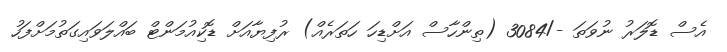
އެސް ޑޮލަރު ނުވަތަ -/3084 (ތިންހާސް އަށްޑިހަ ހަތަރެއް) ރުފިޔާއަށް ޑޮކިއުމަންޓް ބައްލަވައިގަތުމަށްފަހު